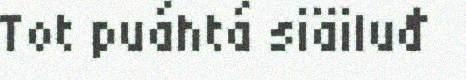
Tot puáhtá siäiluđ